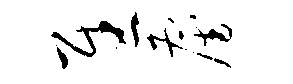
慰雇